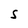
Character: S